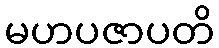
မဟပဇာပတိ